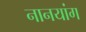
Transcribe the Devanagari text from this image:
नानयांग